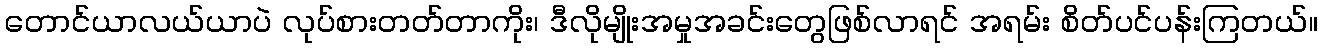
တောင်ယာလယ်ယာပဲ လုပ်စားတတ်တာကိုး၊ ဒီလိုမျိုးအမှုအခင်းတွေဖြစ်လာရင် အရမ်း စိတ်ပင်ပန်းကြတယ်။